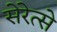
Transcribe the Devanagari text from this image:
सेरेत्से